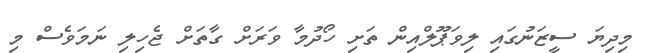
މިދިޔަ ސީޒަނުގައި ލިވަޕޫލްއިން ތަށި ހޯދުމާ ވަރަށް ގާތަށް ޖެހިލި ނަމަވެސް މި